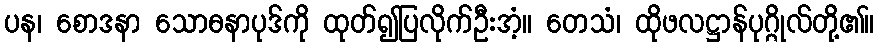
ပန၊ စောဒနာ သောဓနာပုဒ်ကို ထုတ်၍ပြလိုက်ဦးအံ့။ တေသံ၊ ထိုဖလဋ္ဌာန်ပုဂ္ဂိုလ်တို့၏။